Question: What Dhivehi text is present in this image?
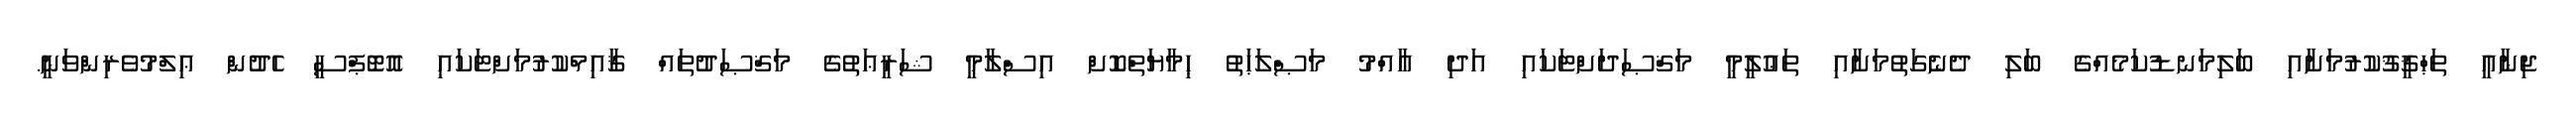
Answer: ޖިނާއީ ތަޙްޤީޤުކުރުމަށާއި ބަލިމަނޑުކަމެއްގެ ބަލި ދެނެގަތުމަށާއި ތަޢުލީމީ މަޤްޞަދަށްޓަކައި އަދި ޢާއްމު މަޞްލަޙަތު ޙިމާޔަތްކޮށް އިސްލާމީ ޝަރީޢަތުގެ މަޤްޞަދުތައް ޤާއިމްކުރުމަށްޓަކައި އޮޓޮޕްސީ ހެދުން ޢިލްމުވެރިންވަނީ.